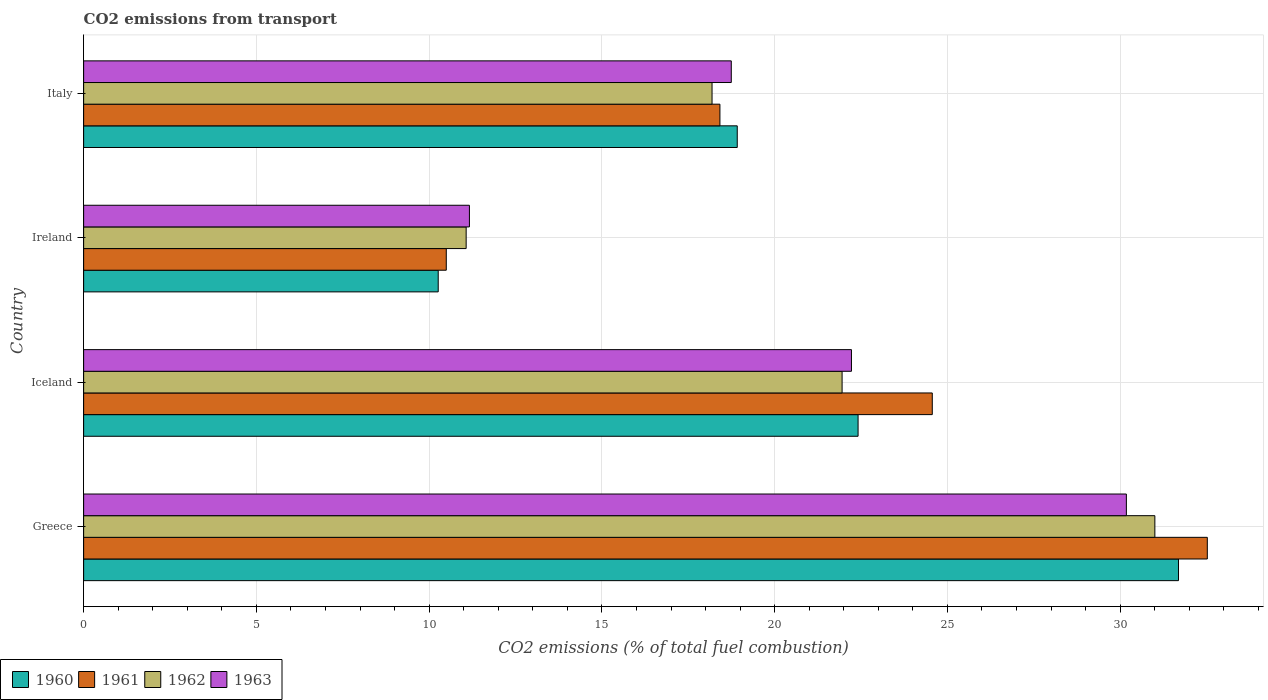
| Country | 1960 | 1961 | 1962 | 1963 |
 | --- | --- | --- | --- | --- |
 | Greece | 31.7 | 32.5 | 31 | 30.2 |
 | Iceland | 22.4 | 24.6 | 22 | 22.2 |
 | Ireland | 10.3 | 10.5 | 11.1 | 11.2 |
 | Italy | 18.9 | 18.4 | 18.2 | 18.7 |